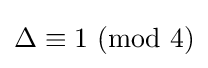
\Delta \equiv 1\,\,(\mathrm {mod} \,\,4)